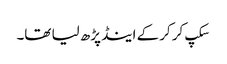
سکپ کر کر کے اینڈ پڑھ لیا تھا۔